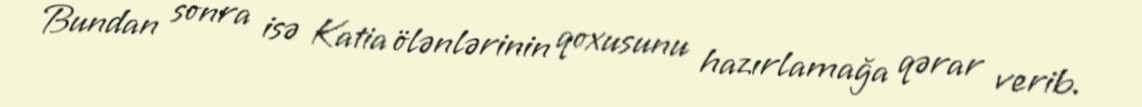
Bundan sonra isə Katia ölənlərinin qoxusunu hazırlamağa qərar verib.